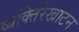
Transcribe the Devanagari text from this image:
व्यक्तिरेखाटन